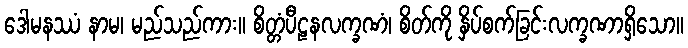
ဒေါမနဿံ နာမ၊ မည်သည်ကား။ စိတ္တံပီဠနလက္ခဏံ၊ စိတ်ကို နှိပ်စက်ခြင်းလက္ခဏာရှိသော။